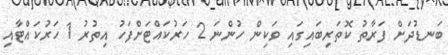
ބަނޑުދަށް ފަރާތު ކޮތަރިބައިގައި ވަކިން ހުންނަ 2 ހަރުކައްޓަށްފަހު އިތުރު 1 ހަރުކައްޓާއި